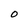
Character: O